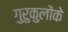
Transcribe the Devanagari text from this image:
गुरुकुलोंके